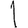
Digit: 1